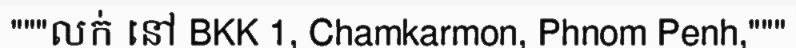
"""លក់ នៅ BKK 1, Chamkarmon, Phnom Penh,"""